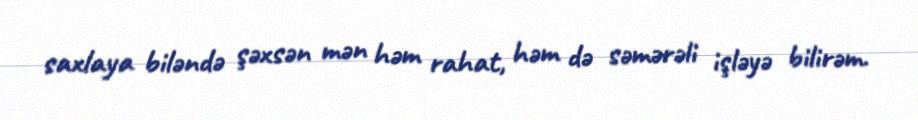
saxlaya biləndə şəxsən mən həm rahat, həm də səmərəli işləyə bilirəm.